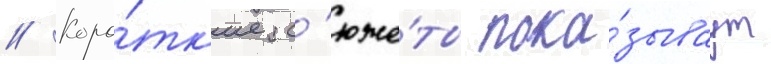
// Коро́тк'ие с'юже́ты пока́зываут